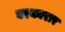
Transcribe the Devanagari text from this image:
बरकारार